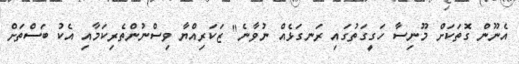
އެނޫން ގޮތަކަށް މޫނިސާ ހަގީގަތުގައި ރަނގަޅެއް ނުވާނެ" ޒަކަރިއްޔާ ވިސްނުންތެރިކަމާއި އެކު ބަސްތަށް